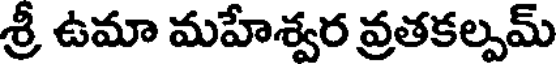
శ్రీ ఉమా మహేశ్వర వ్రతకల్పమ్